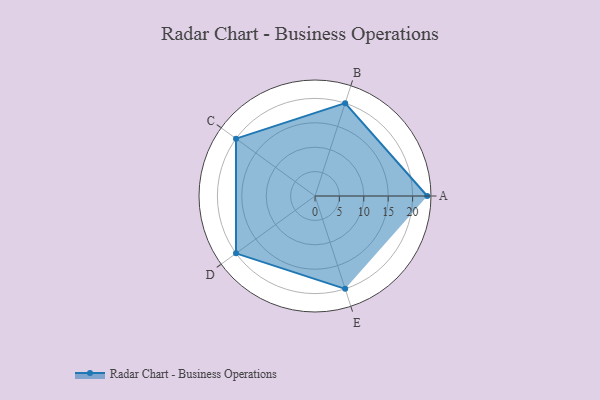
{"axis": {"x": "Skill", "y": "Score"}, "legend": ["Profile"], "data": [{"x": "A", "y": 23.0, "type": "Profile"}, {"x": "B", "y": 20, "type": "Profile"}, {"x": "C", "y": 20, "type": "Profile"}, {"x": "D", "y": 20, "type": "Profile"}, {"x": "E", "y": 20, "type": "Profile"}]}